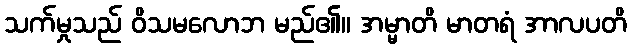
သက်မှုသည် ဝိသမလောဘ မည်၏။ အမ္မာတိ မာတရံ အာလပတိ